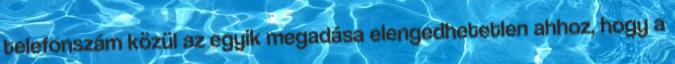
telefonszám közül az egyik megadása elengedhetetlen ahhoz, hogy a